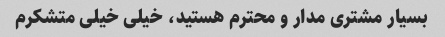
بسیار مشتری مدار و محترم هستید، خیلی خیلی متشکرم